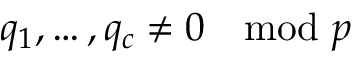
q _ { 1 } , \ldots , q _ { c } \neq 0 \mod p